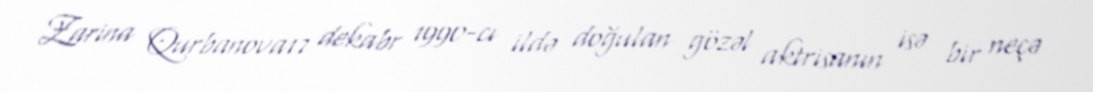
Zarina Qurbanova17 dekabr 1990-cı ildə doğulan gözəl aktrisanın isə bir neçə